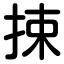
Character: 捒